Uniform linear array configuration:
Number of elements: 48
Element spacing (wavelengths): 1
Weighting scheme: hann
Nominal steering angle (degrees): -60
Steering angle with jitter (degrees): -61.141
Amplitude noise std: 0.05
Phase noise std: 0.05

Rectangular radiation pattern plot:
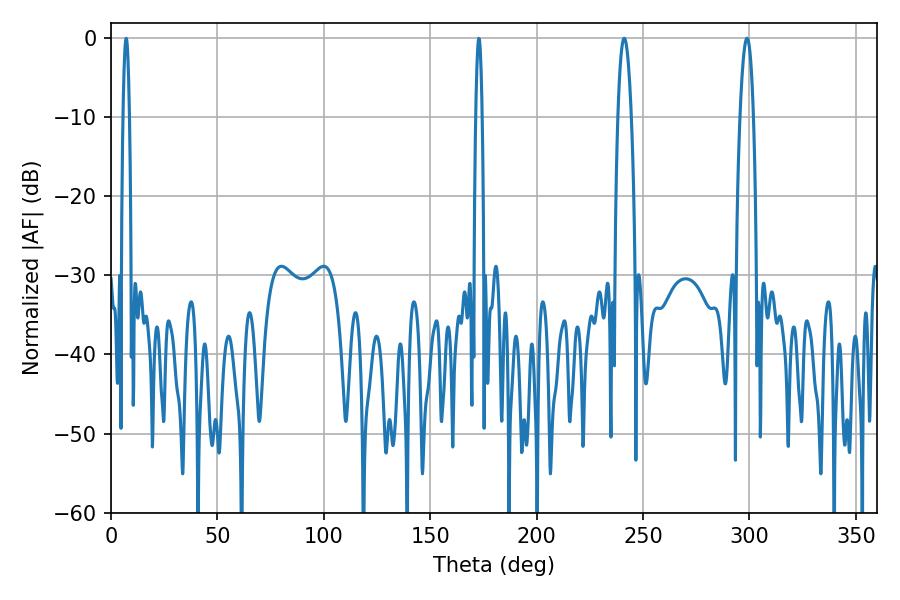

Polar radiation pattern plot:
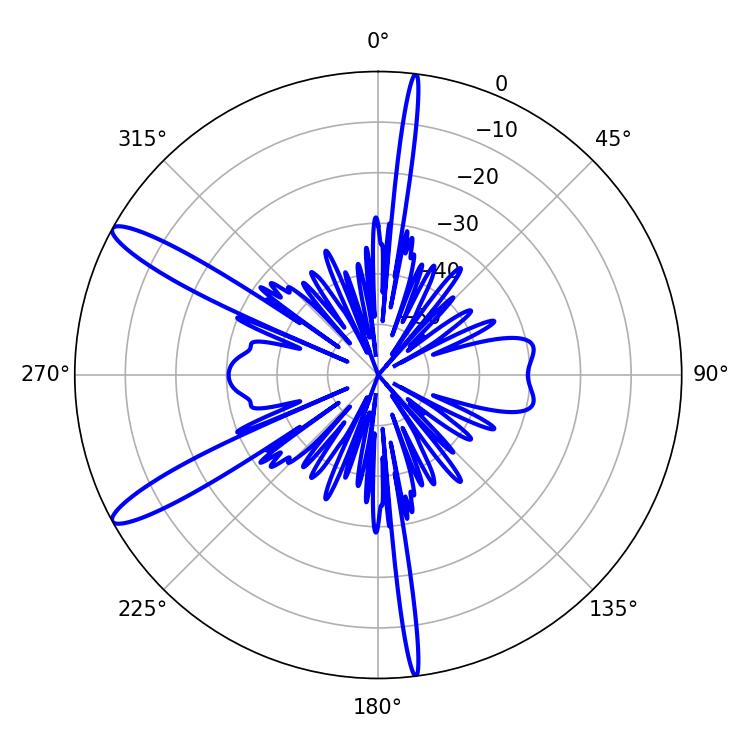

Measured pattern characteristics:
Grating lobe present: TRUE
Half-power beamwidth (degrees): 3.6
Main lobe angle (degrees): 298.8